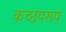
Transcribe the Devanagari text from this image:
कच्छपरूप